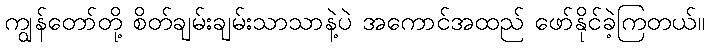
ကျွန်တော်တို့ စိတ်ချမ်းချမ်းသာသာနဲ့ပဲ အကောင်အထည် ဖော်နိုင်ခဲ့ကြတယ်။